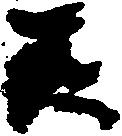
天